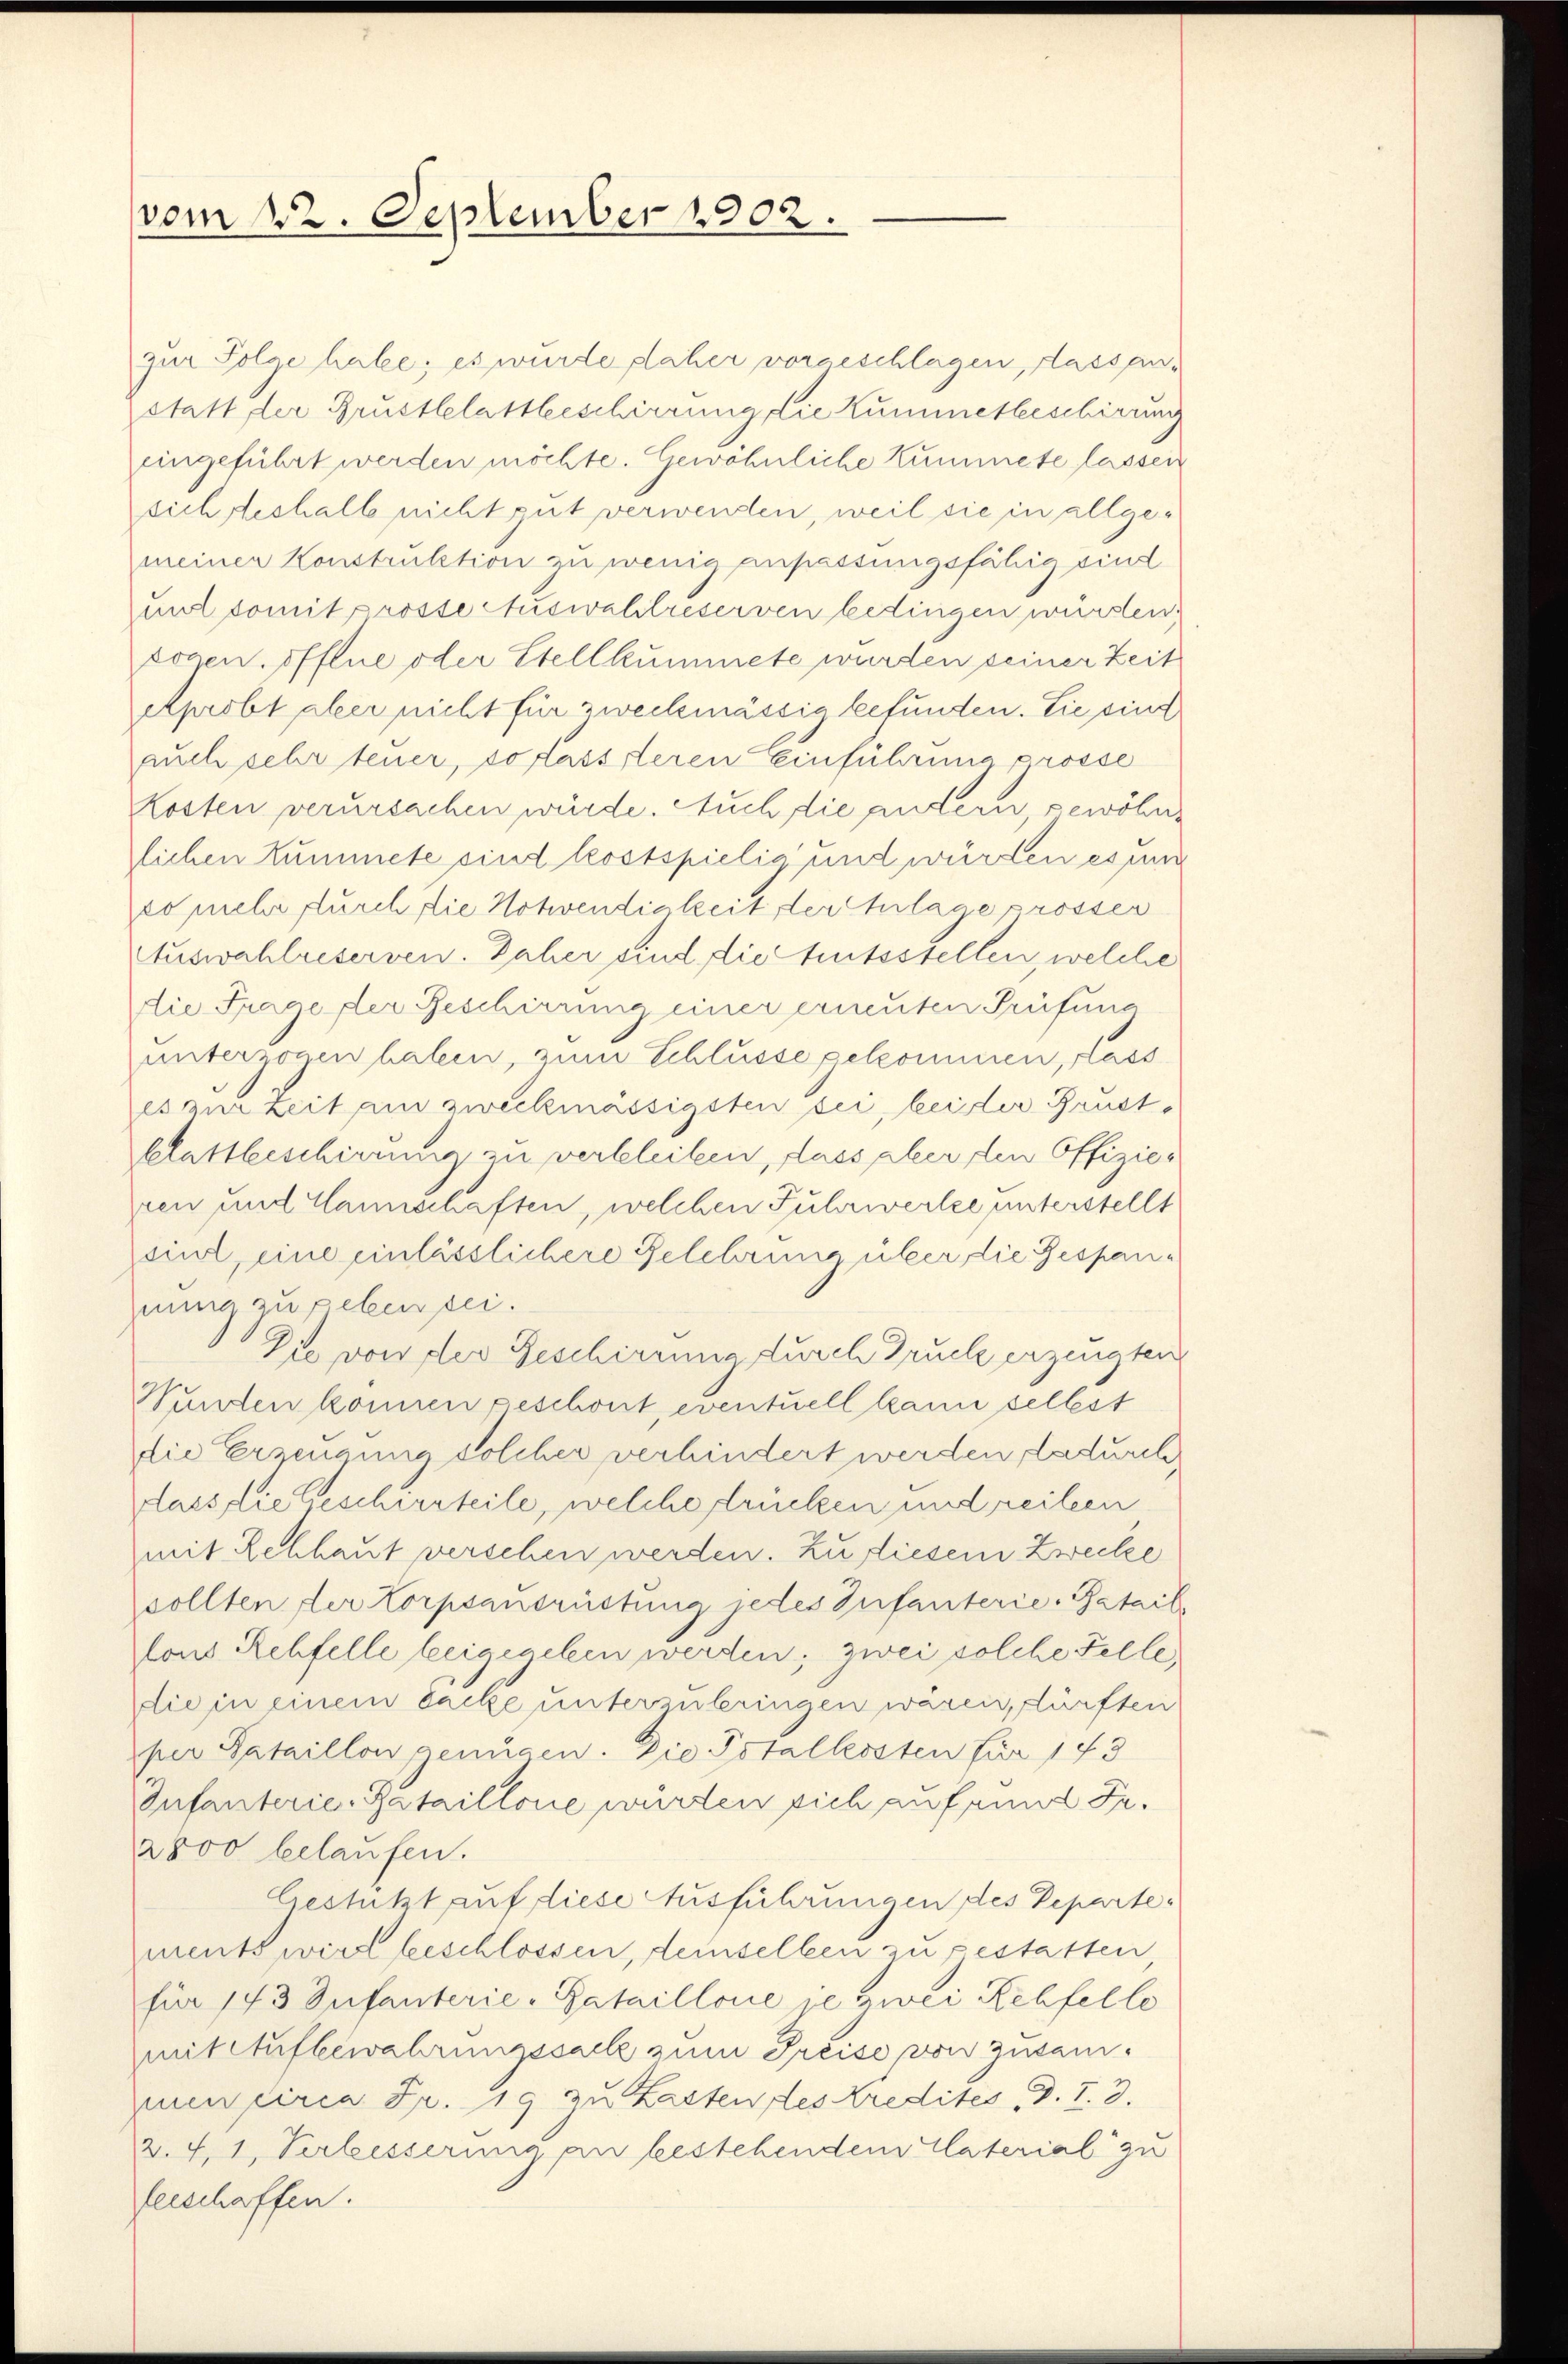
vom 22. September 1902.

zur Folge habe; es wurde daher vorgeschlagen, dass anstatt der Grustblattbeschirrung die Kummerbeschirung
eingeführt werden möchte. Gewöhnliche Kummete lassen
sich deshalb nicht gut verwenden, weil sie in allgemeiner Konstruktion zu wenig anpassungsfähig sind
unt domit prosse Auswahlreserven bedingen würden
sogen öffene oder Stellkummete wurden seiner Zeit
Aprobt aber nicht für zweckmässig befunden. Sie sind
auch sehr teuer, so lässsteren Einführung prosse
Kosten verursachen würde. Auch die andern, gewöhn
lichen Kummele sind kostspielig und würden es um
so mehr durch die Notwendigkeit der Anlage prossen
Auswahlreserven. Daher sind die tutsstellen, welche
die Frage der Geschirrung einer erneuten Prüfung
unterzogen haben, zum Schlüsse gekommen, fass
es zur Zeit am zweckmässigsten sei, beider Brustblattbeschirrung zu verbleiben, dass aber den Offizie-
ren und Hannschaften, welchen Fuhrwertze unterstellt
eint, eine einlässlichere Gelehrung über die Gespannung zu geben sei.
Die von der Geschirenne durch Druck erzeugten
Wundten können geschont, eventuell kann selbst
die Erzeugung solcher verhindert werden, dadurch
dass die Geschierteile, welche drücken und reiten
mit Rehhaut verschen werden. Zu diesem Zwecke
sollten der Korpsaŭsristung jedes Infanterie-Batail
lons Rehfelle beigegeben werden; zwei solche Felle,
die in einem backe unterzuleringen wären, dürften
per Sataillon genügen. Die Totalkosten für 143
Infanterie-Bataillone würten sich auf rund Fr.
2800 belaufen.
Gestatt auf diese Ausführungen des Departement wird beschlossen, demselben zu gestatten,
für 143 Infanterie-Bataillone je zwei Rehfello
mit Aufbewahrungssack zum Preise von zusamen circa Fr. 19 zu Lasten des Kredites d. I. 3.
2. 71, Verbesserung an bestehenden Vaterial zu
ferschaffen.